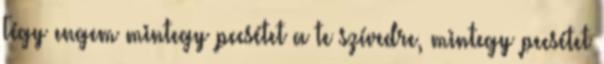
Tégy engem mintegy pecsétet a te szívedre, mintegy pecsétet